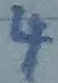
Text: 4